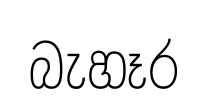
බැහෑර